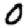
Digit: 0